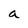
Character: a